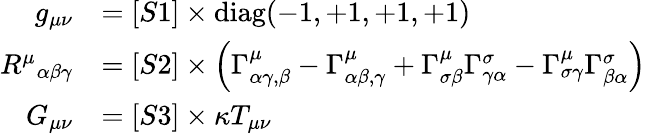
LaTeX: {\begin{array}{rl}{g_{\mu\nu}}&{=[S1]\times\operatorname{diag}(-1,+1,+1,+1)}\\ {{R^{\mu}}_{\alpha\beta\gamma}}&{=[S2]\times\left(\Gamma_{\alpha\gamma,\beta}^{\mu}-\Gamma_{\alpha\beta,\gamma}^{\mu}+\Gamma_{\sigma\beta}^{\mu}\Gamma_{\gamma\alpha}^{\sigma}-\Gamma_{\sigma\gamma}^{\mu}\Gamma_{\beta\alpha}^{\sigma}\right)}\\ {G_{\mu\nu}}&{=[S3]\times\kappa T_{\mu\nu}}\end{array}}